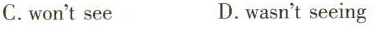
C.won't see D.wasn't seeing